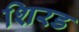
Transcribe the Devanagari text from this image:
शिरड